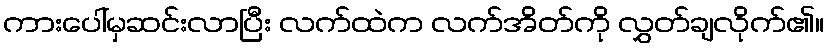
ကားပေါ်မှဆင်းလာပြီး လက်ထဲက လက်အိတ်ကို လွှတ်ချလိုက်၏။